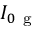
I _ { 0 \mathrm { ~ g ~ } }